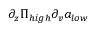
\partial _ { z } \Pi _ { h i g h } \partial _ { v } a _ { l o w }